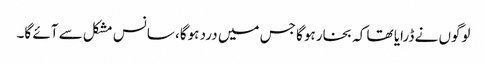
لوگوں نے ڈرایا تھا کہ بخار ہوگا جس میں درد ہوگا، سانس مشکل سے آئے گا۔